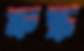
ত্রুদ্ধ